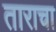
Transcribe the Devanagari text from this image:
ताराचा